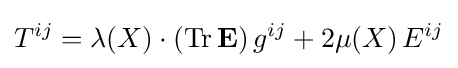
T^{ij}=\lambda \!\left(X\right)\cdot \left(\mathrm {Tr} \,\mathbf {E} \right)g^{ij}+2\mu \!\left(X\right)E^{ij}